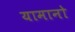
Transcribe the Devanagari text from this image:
यामानो